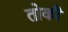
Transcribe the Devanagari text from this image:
तोकी